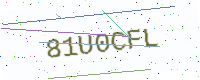
Text: 81U0CFL